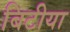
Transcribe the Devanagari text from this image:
बिटीया